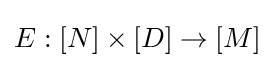
E:[N]\times [D]\rightarrow [M]